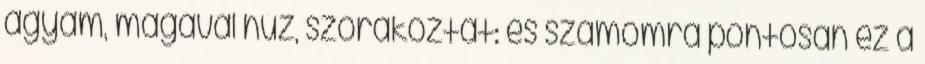
agyam, magával húz, szórakoztat: és számomra pontosan ez a